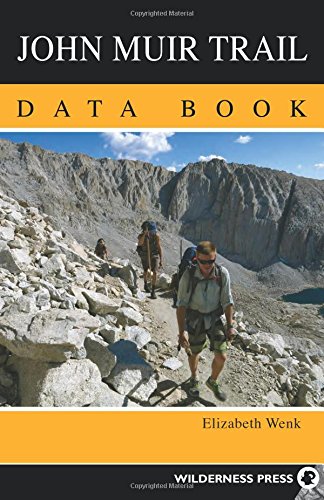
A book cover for John Muir Trail Data Book; Elizabeth Wenk; Health, Fitness & Dieting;